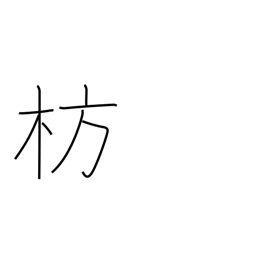
Meaning: boat